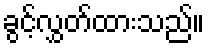
ခွင့်လွှတ်ထားသည်။